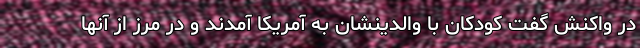
در واکنش گفت کودکان با والدینشان به آمریکا آمدند و در مرز از آنها